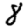
Digit: 8